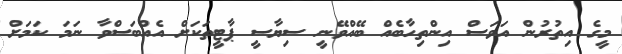
މީގެ އިތުރުން އަވަސް އިންތިހާބެއް ބޭއްވޭނީ ސިޔާސީ ޕާޓީތަކަށް އެއްބަސްވާ ނަމަ ކަމަށް